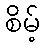
စိမ့်